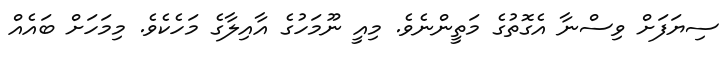
ސިޔަފަށް ވިސްނާ އެގޮތުގެ މަތީންނެވެ. މިއީ ނޫމަހުގެ އާއިލާގެ މަހެކެވެ. މިމަހަށް ބައެއް